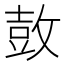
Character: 𮮦